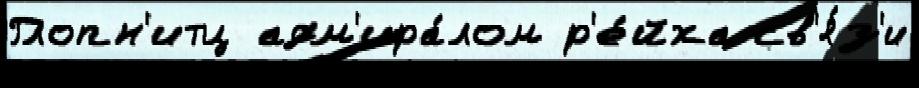
Глопн'итц адм'ира́лом р'е́йха св'я́з'и